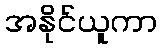
အနိုင်ယူကာ